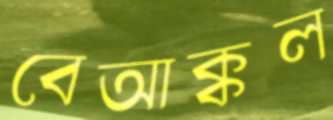
বেআক্কল